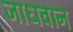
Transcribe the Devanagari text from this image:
जाधवान